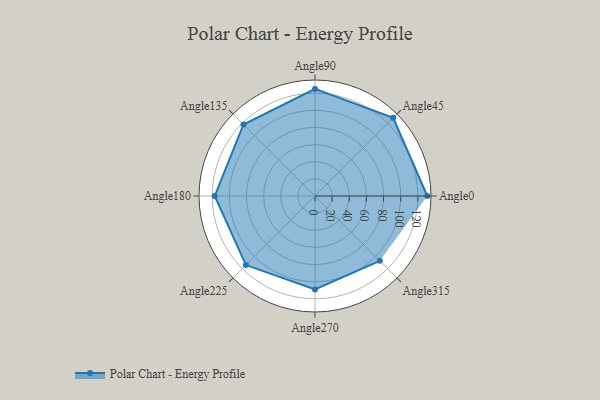
{"axis": {"x": "Angle", "y": "Radius"}, "legend": [""], "data": [{"x": "Angle0", "y": 131.0, "type": ""}, {"x": "Angle45", "y": 129.0, "type": ""}, {"x": "Angle90", "y": 125.0, "type": ""}, {"x": "Angle135", "y": 118.0, "type": ""}, {"x": "Angle180", "y": 117.0, "type": ""}, {"x": "Angle225", "y": 114.0, "type": ""}, {"x": "Angle270", "y": 109.0, "type": ""}, {"x": "Angle315", "y": 107.0, "type": ""}]}